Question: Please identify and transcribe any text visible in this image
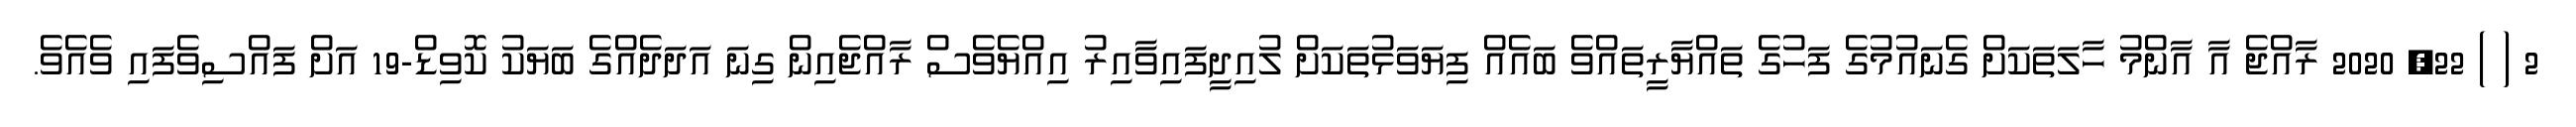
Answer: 2 ( ) 22, 2020 ރާއްޖެ އާ އާންމު ހާލަތަކަށް ގެނައުމުގެ ފަހުގެ ތައްޔާރީތައްވެ ބައެއް ފިޔަވަޅުތަކަށް ލުއިދީފައިވާއިރު އިއްޔެވެސް ރާއްޖެއިން ގިނަ އަދަދެއްގެ ބަޔަކު ކޮވިޑް-19 އަށް ފައްސިވެފައި ވެއެވެ.